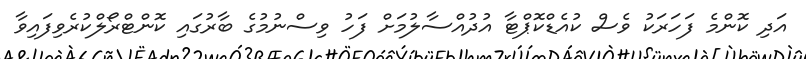
އަދި ކޮންމެ ފަހަރަކު ވެސް ކުއެޑްކޮޕްޓާ އުދުއްސާލުމަށް ފަހު ވިސްނުމުގެ ބާރުގައި ކޮންޓްރޯލްކުރެވިފައިވާ